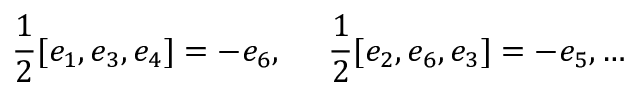
\frac { 1 } { 2 } [ e _ { 1 } , e _ { 3 } , e _ { 4 } ] = - e _ { 6 } , ~ ~ ~ ~ \frac { 1 } { 2 } [ e _ { 2 } , e _ { 6 } , e _ { 3 } ] = - e _ { 5 } , \ldots